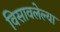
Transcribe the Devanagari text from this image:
विसावलेल्या